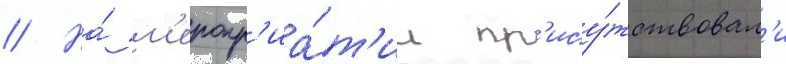
// На́ м'еропр'иа́т'ии пр'ису́тствовал'и